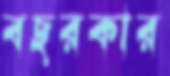
বছরকার